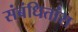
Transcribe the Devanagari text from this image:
संबंधितांस